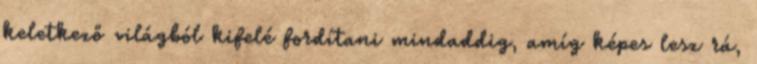
keletkező világból kifelé fordítani mindaddig, amíg képes lesz rá,